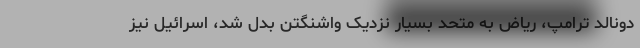
دونالد ترامپ، ریاض به متحد بسیار نزدیک واشنگتن بدل شد، اسرائیل نیز